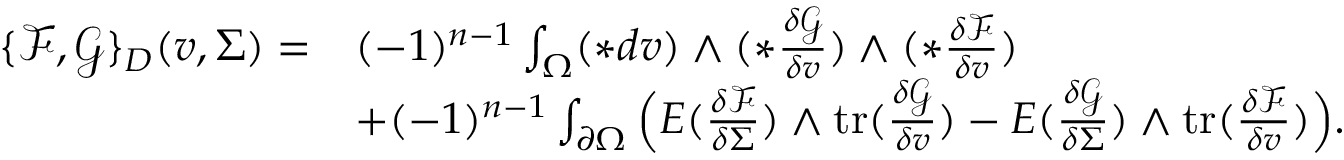
\begin{array} { r l } { \{ \mathcal { F } , \mathcal { G } \} _ { D } ( v , \Sigma ) = } & { ( - 1 ) ^ { n - 1 } \int _ { \Omega } ( \ast d v ) \wedge ( \ast \frac { \delta \mathcal { G } } { \delta v } ) \wedge ( \ast \frac { \delta \mathcal { F } } { \delta v } ) } \\ & { + ( - 1 ) ^ { n - 1 } \int _ { \partial \Omega } \Big ( E ( \frac { \delta \mathcal { F } } { \delta \Sigma } ) \wedge \mathrm { t r } ( \frac { \delta \mathcal { G } } { \delta v } ) - E ( \frac { \delta \mathcal { G } } { \delta \Sigma } ) \wedge \mathrm { t r } ( \frac { \delta \mathcal { F } } { \delta v } ) \Big ) . } \end{array}